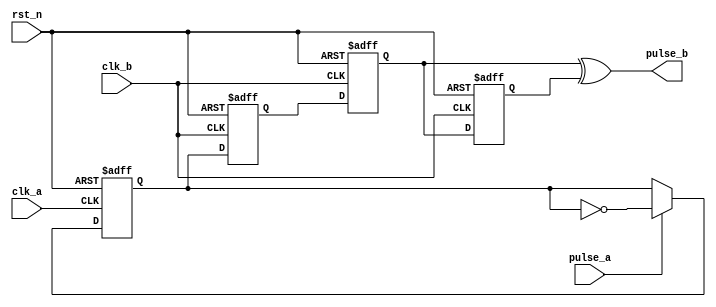

module pulse_sync_pro(
    input      clk_a  ,    //A
    input      rst_n  ,    //
    input      pulse_a,    //A
    input      clk_b  ,    //B
    output     pulse_b     //B
);

//reg define
reg      pulse_inv    ;    //
reg      pulse_inv_d0 ;    //B
reg      pulse_inv_d1 ;
reg      pulse_inv_d2 ;

//*****************************************************
//**                    main code
//*****************************************************

assign pulse_b = pulse_inv_d1 ^ pulse_inv_d2 ;

//B
always @(posedge clk_a or negedge rst_n) begin
    if(rst_n==1'b0)
        pulse_inv <= 1'b0 ;
    else if(pulse_a)
        pulse_inv <= ~pulse_inv;
end

//AB
always @(posedge clk_b or negedge rst_n) begin
    if(rst_n==1'b0) begin
        pulse_inv_d0 <= 1'b0;
        pulse_inv_d1 <= 1'b0;
        pulse_inv_d2 <= 1'b0;
    end
    else begin
        pulse_inv_d0 <= pulse_inv   ;
        pulse_inv_d1 <= pulse_inv_d0;
        pulse_inv_d2 <= pulse_inv_d1;
    end
end

endmodule